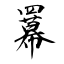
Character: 羃